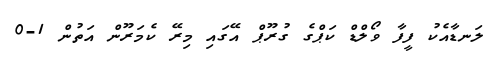
ލަނޑާއެކު ފީފާ ވޯލްޑް ކަޕްގެ ގުރޫޕް އޭގައި މިރޭ ކެމަރޫން އަތުން 1-0